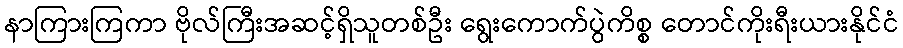
နာကြားကြကာ ဗိုလ်ကြီးအဆင့်ရှိသူတစ်ဦး ရွေးကောက်ပွဲကိစ္စ တောင်ကိုးရီးယားနိုင်ငံ